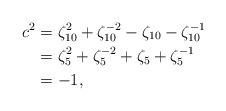
LaTeX: \begin{align*}c^2&=\zeta_{10}^2+\zeta_{10}^{-2}-\zeta_{10}-\zeta_{10}^{-1}\\&=\zeta_{5}^2+\zeta_{5}^{-2}+\zeta_{5}+\zeta_{5}^{-1}\\&=-1,\end{align*}